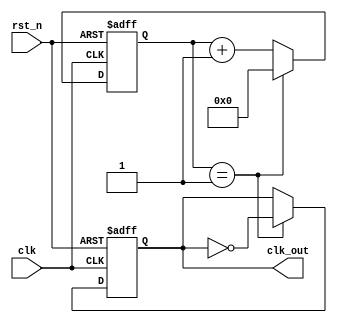
`timescale 1ns/1ps

module clk_div(input clk, rst_n, output reg clk_out);
    parameter period = 4;
    reg [3:0] cnt;
    always @(posedge clk, negedge rst_n) begin
        if (~rst_n) begin
          cnt <= 0;
          clk_out <= 0;
        end
        else 
            if (cnt == ((period >> 1) - 1)) begin
              clk_out <= ~clk_out;
              cnt <= 0;
            end
            else begin
              cnt <= cnt + 1;
            end
    end
endmodule